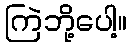
ကြဲဘို့ပေါ့။